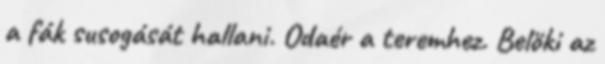
a fák susogását hallani. Odaér a teremhez. Belöki az